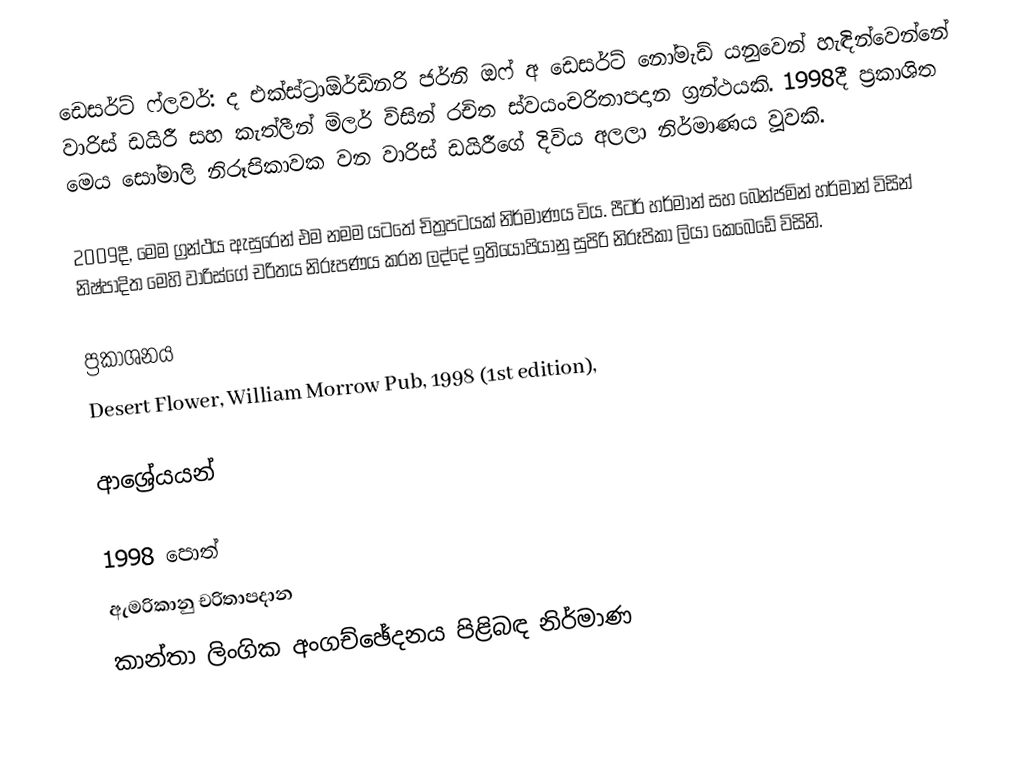
ඩෙසර්ට් ෆ්ලවර්: ද එක්ස්ට්‍රාඕර්ඩිනරි ජර්නි ඔෆ් අ ඩෙසර්ට් නෝමැඩ් යනුවෙන් හැඳින්වෙන්නේ වාරිස් ඩයිරී සහ කැත්ලීන් මිලර් විසින් රචිත ස්වයංචරිතාපදාන ග්‍රන්ථයකි. 1998දී ප්‍රකාශිත මෙය සෝමාලි නිරූපිකාවක වන වාරිස් ඩයිරීගේ දිවිය අලලා නිර්මාණය වූවකි.

2009දී, මෙම ග්‍රන්ථය ඇසුරෙන් එම නමම යටතේ චිත්‍රපටයක් නිර්මාණය විය. පීටර් හර්මාන් සහ බෙන්ජමින් හර්මාන් විසින් නිෂ්පාදිත මෙහි වාරිස්ගේ චරිතය නිරූපණය කරන ලද්දේ ඉතියෝපියානු සුපිරි නිරූපිකා ලියා කෙබෙඩේ විසිනි.

ප්‍රකාශනය
Desert Flower, William Morrow Pub, 1998 (1st edition),

ආශ්‍රේයයන්

1998 පොත්
ඇමරිකානු චරිතාපදාන
කාන්තා ලිංගික අංගච්ඡේදනය පිළිබඳ නිර්මාණ